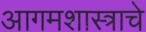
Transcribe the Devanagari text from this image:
आगमशास्त्राचे